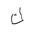
Letter: _kaf